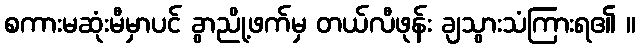
စကားမဆုံးမီမှာပင် ခွာညို့ဖက်မှ တယ်လီဖုန်း ချသွားသံကြားရ၏ ။